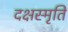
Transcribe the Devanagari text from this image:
दक्षस्मृति